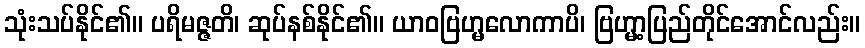
သုံးသပ်နိုင်၏။ ပရိမဇ္ဇတိ၊ ဆုပ်နစ်နိုင်၏။ ယာဝဗြဟ္မလောကာပိ၊ ဗြဟ္မာ့ပြည်တိုင်အောင်လည်း။